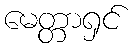
မေတ္တာရှင်